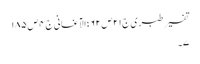
تفسیر طبری ج٢١ص ٦٢ ؛الآغانی ج٤ ص ١٨٥
٧۔